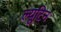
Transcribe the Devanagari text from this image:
ल्यूटिन